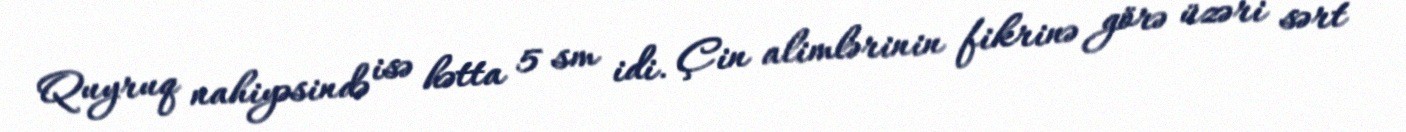
Quyruq nahiyəsində isə hətta 5 sm idi. Çin alimlərinin fikrinə görə üzəri sərt